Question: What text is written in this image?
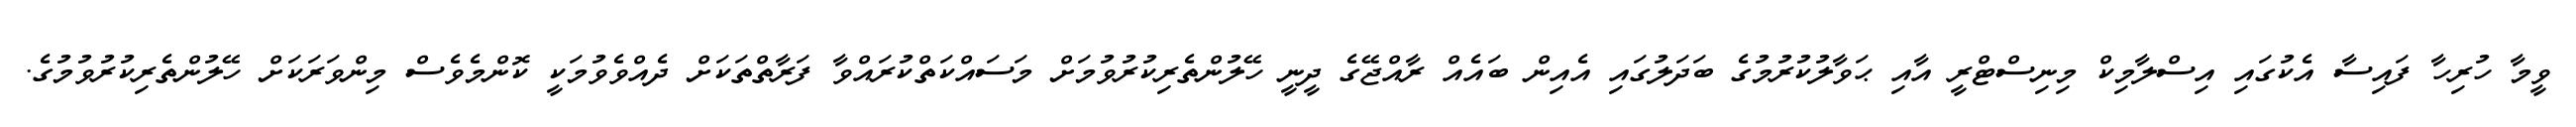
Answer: ވީމާ ހުރިހާ ފައިސާ އެކުގައި އިސްލާމިކް މިނިސްޓްރީ އާއި ޙަވާލުކުރުމުގެ ބަދަލުގައި އެއިން ބައެއް ރާއްޖޭގެ ދީނީ ހޭލުންތެރިކުރުވުމަށް މަސައްކަތްކުރައްވާ ފަރާތްތަކަށް ދެއްވެވުމަކީ ކޮންމެވެސް މިންވަރަކަށް ހޭލުންތެރިކުރުވުމުގެ.